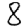
Digit: 8